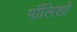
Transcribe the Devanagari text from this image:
पॉलिशों